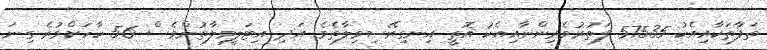
ތަފާތަކާއިއެކު 57535 ފަތުރުވެރިންނާއިއެކު އޮތީ އިނގިރޭސިވިލާތެވެ. އަދި އިޓަލީވިލާތުންވެސް 56 ހާހަށްވުރެ ގިނަ